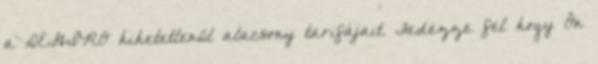
a DEGIRO hihetetlenül alacsony tarifájait. Fedezze fel hogy Ön